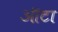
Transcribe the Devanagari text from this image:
ऑटा